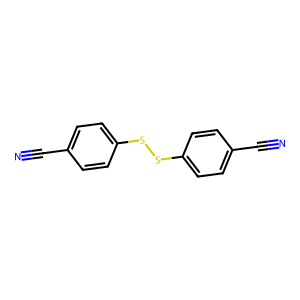
SMILES: N#Cc1ccc(SSc2ccc(C#N)cc2)cc1
Inhibits HIV replication: No